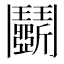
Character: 鬭